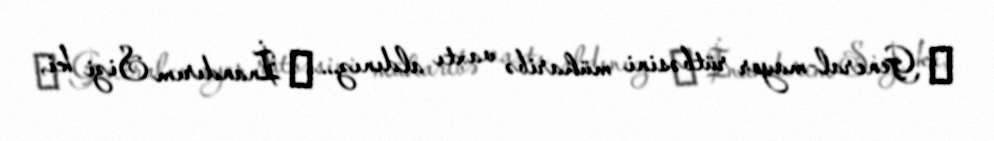
─ General-mayor rütbəsini müharibə vaxtı aldınız... ─ İnandırım Sizi ki,